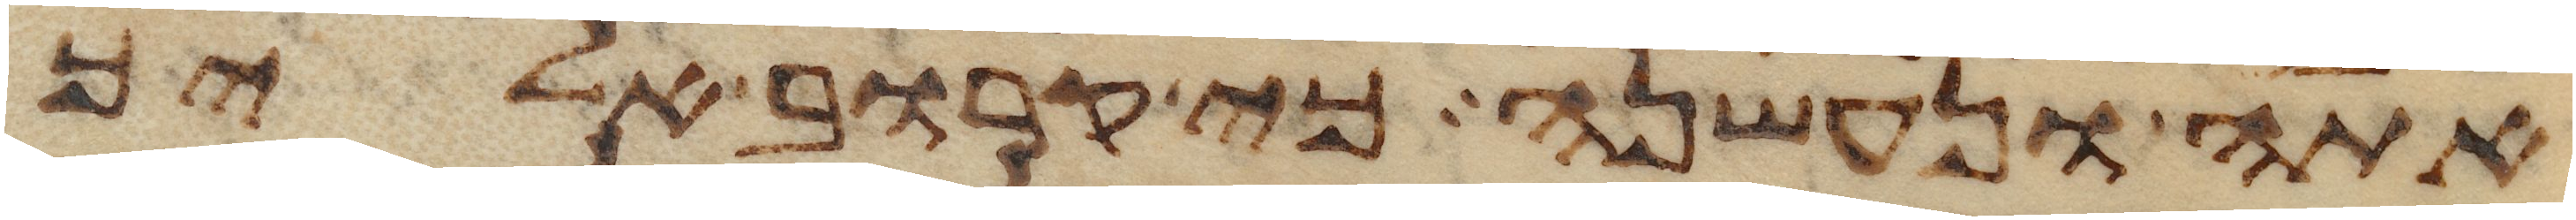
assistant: אתה ונעשנה כי קרוב אליך